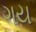
ગય